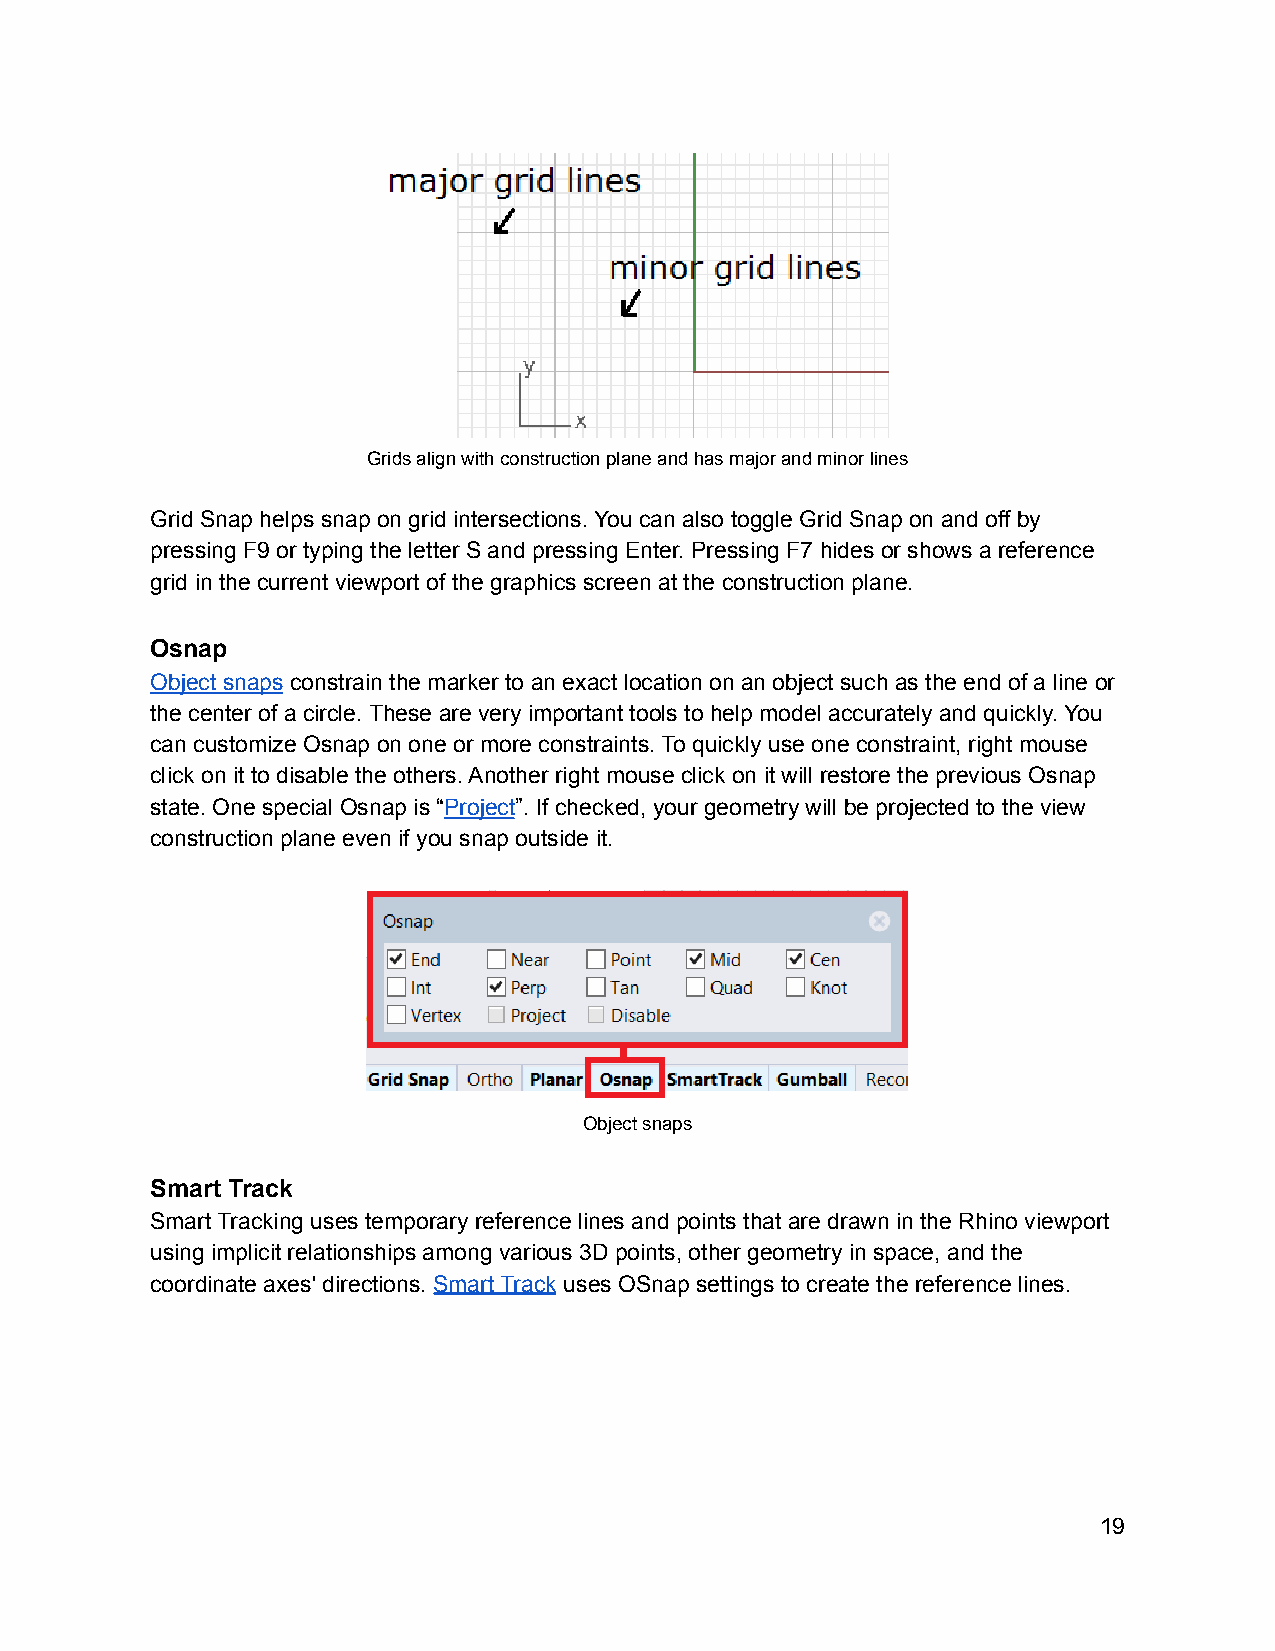
Grids align with construction plane and has major and minor lines
 Grid Snap helps snap on grid intersections. You can also toggle Grid Snap on and off by
 pressing F9 or typing the letter S and pressing Enter. Pressing F7 hides or shows a reference
 grid in the current viewport of the graphics screen at the construction plane.
 Osnap
 Object snaps constrain the marker to an exact location on an object such as the end of a line or
 the center of a circle. These are very important tools to help model accurately and quickly. You
 can customize Osnap on one or more constraints. To quickly use one constraint, right mouse
 click on it to disable the others. Another right mouse click on it will restore the previous Osnap
 state. One special Osnap is “Project”. If checked, your geometry will be projected to the view
 construction plane even if you snap outside it.
 Object snaps
 Smart Track
 Smart Tracking uses temporary reference lines and points that are drawn in the Rhino viewport
 using implicit relationships among various 3D points, other geometry in space, and the
 coordinate axes' directions. Smart Track uses OSnap settings to create the reference lines.
 19